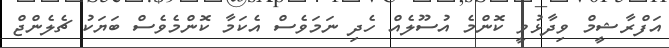
އަފްރާޝީމް ވިދާޅުވީ ކޮންމެ އުސޫލެއް ހެދި ނަމަވެސް އެކަމާ ކޮންމެވެސް ބަޔަކު ޗެލެންޖް